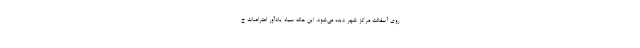
روی آسفالت مرکز شهر دیده می‌شود. این هاله‌ سیاه یادآور اعتراضات خ